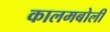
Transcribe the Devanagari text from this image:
कालमबोली